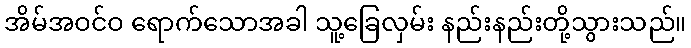
အိမ်အဝင်ဝ ရောက်သောအခါ သူ့ခြေလှမ်း နည်းနည်းတို့သွားသည်။